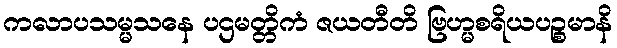
ကလာပသမ္မသနေ ပဌမတ္တိကံ ဇယတီတိ ဗြဟ္မစရိယပဉ္စမာနိ